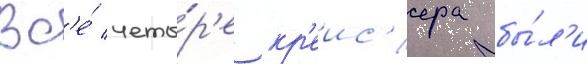
Вс'е́ четы́р'е кр'еис'ера бы́л'и